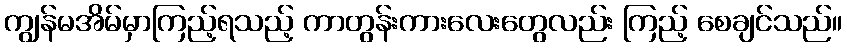
ကျွန်မအိမ်မှာကြည့်ရသည့် ကာတွန်းကားလေးတွေလည်း ကြည့် စေချင်သည်။